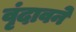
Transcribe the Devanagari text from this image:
वृंदावने